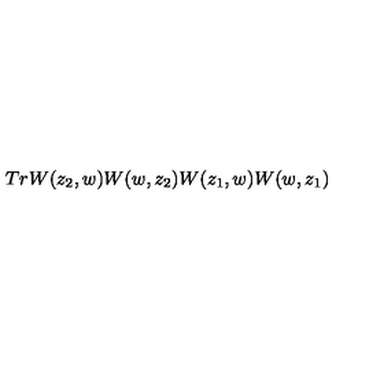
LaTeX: T r W ( z _ { 2 } , w ) W ( w , z _ { 2 } ) W ( z _ { 1 } , w ) W ( w , z _ { 1 } )